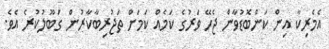
އެމެރިކާ އިން ކަންބޮޑުވާން ޖެހޭ ވަރުގެ ކަމެއް ކަމަށް ތަޖުރިބާކާރުން ގަބޫލުކުރެ އެވެ.